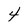
Character: 4